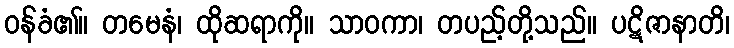
ဝန်ခံ၏။ တမေနံ၊ ထိုဆရာကို။ သာဝကာ၊ တပည့်တို့သည်။ ပဋိဇာနာတိ၊